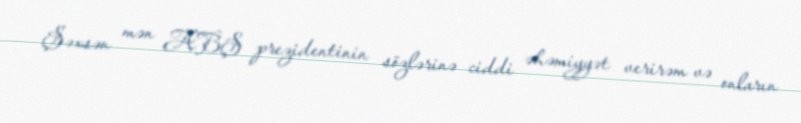
Şəxsən mən ABŞ prezidentinin sözlərinə ciddi əhəmiyyət verirəm və onların